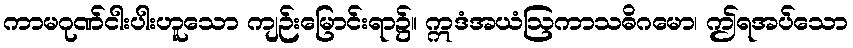
ကာမဂုဏ်ငါးပါးဟူသော ကျဉ်းမြောင်းရာ၌။ ဣဒံအယံဩကာသဓိဂမော၊ ဤရအပ်သော